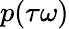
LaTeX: p(\tau\omega)